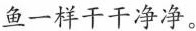
鱼一样干干净净。